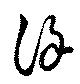
謹